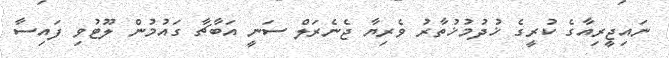
ނައިޖީރިއާގެ ކުރީގެ ޚުދުމުޚުތާރު ވެރިޔާ ޖެނެރަލް ސަނީ އަބާޗާ ގައުމުން ލޫޓުވި ފައިސާ